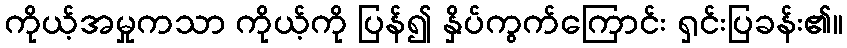
ကိုယ့်အမှုကသာ ကိုယ့်ကို ပြန်၍ နှိပ်ကွက်ကြောင်း ရှင်းပြခန်း၏။